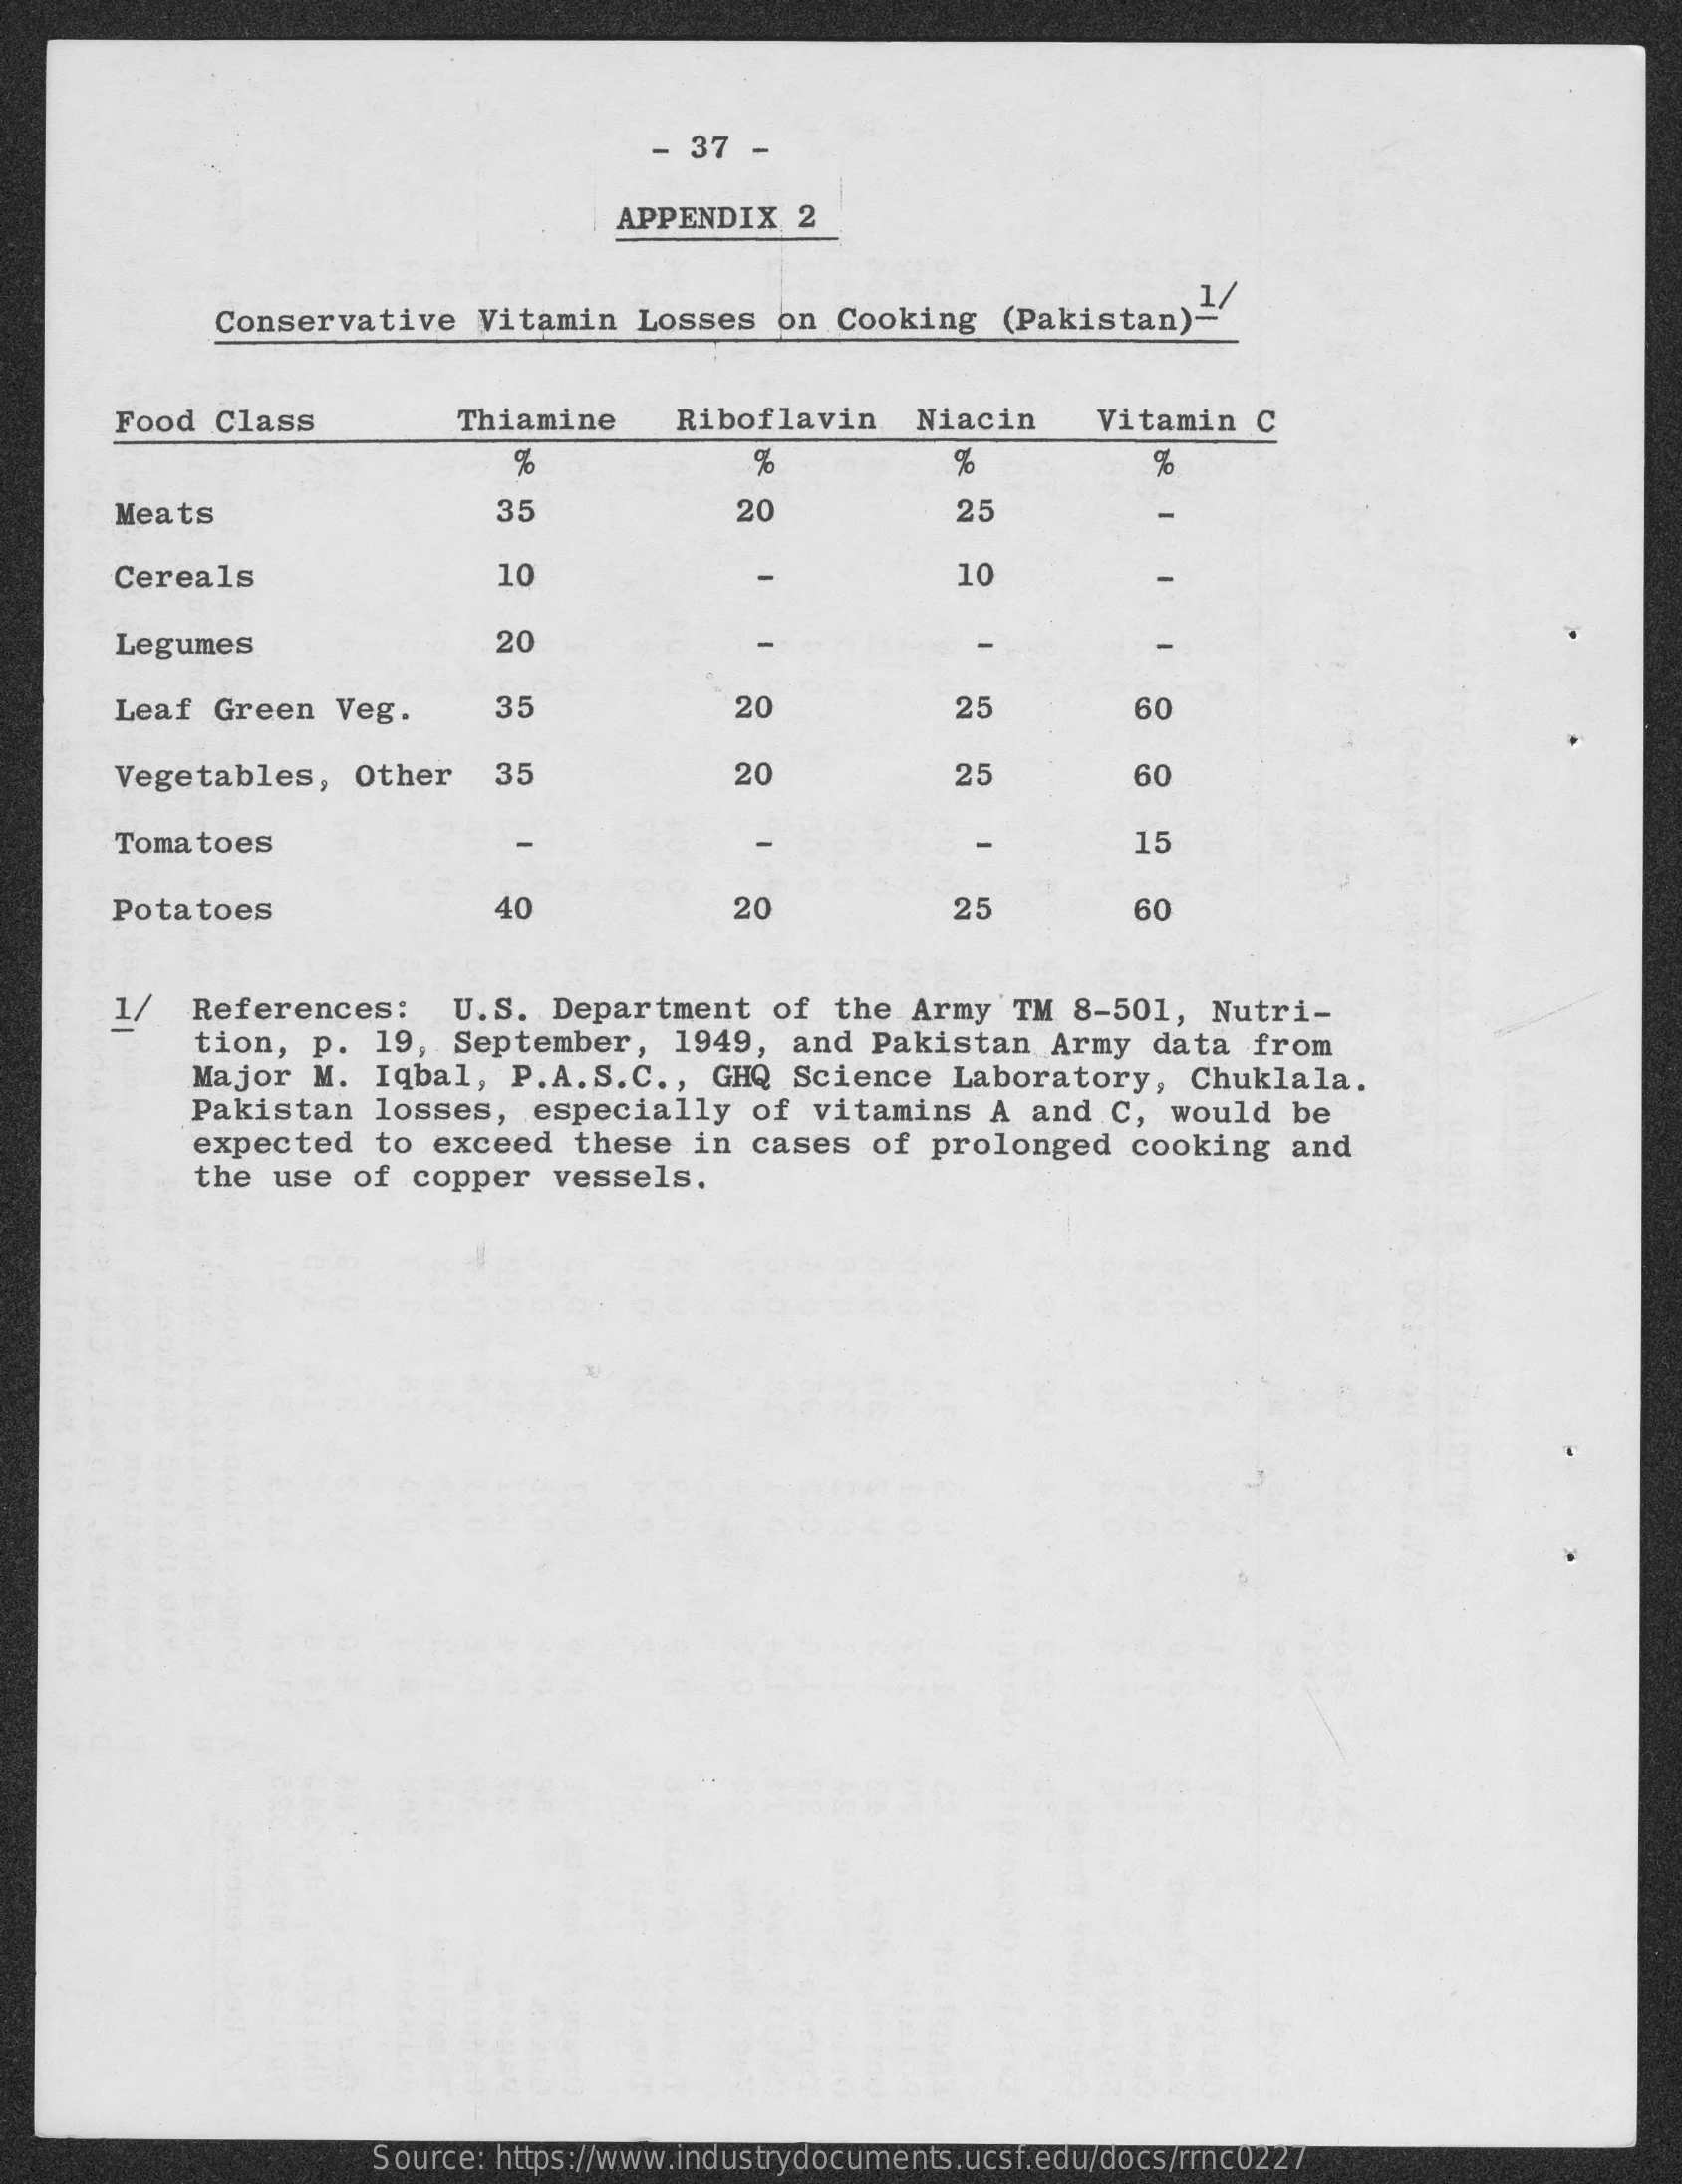
-  37 -
     APPENDIX    2
     Conservative    Vitamin   Losses   on  Cooking   (Pakistan)-
     1/
     Food  Class    Thiamine    Riboflavin    Niacin    Vitamin   C
     %    %    %    %
     Meats    35    20    25
     Cereals    10    10
     Legumes    20
     Leaf Green   Veg.    35    20    25    60
     Vegetables,   Other    35    20    25    60
     Tomatoes    15
     Potatoes    40    20    25    60
     1/   References:    U.S.  Department    of  the Army   TM  8-501,  Nutri-
     tion,  p.  19,  September,    1949,  and  Pakistan   Army   data  from
     Major   M. Iqbal,   P.A.S.C  .,  GHQ  Science   Laboratory,    Chuklala.
     Pakistan    losses,   especially    of vitamins   A  and  C,  would   be
     expected    to exceed   these   in cases   of  prolonged   cooking   and
     the  use  of  copper   vessels.
     Source: https://www.industrydocuments.ucsf.edu/docs/rrnc0227